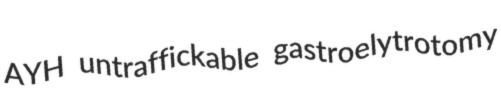
AYH untraffickable gastroelytrotomy